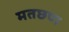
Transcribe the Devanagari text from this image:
मतछण